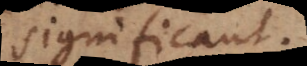
significant.